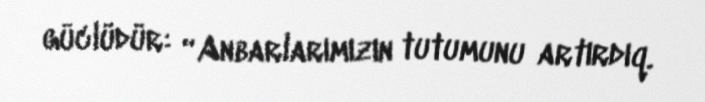
güclüdür: “Anbarlarımızın tutumunu artırdıq.